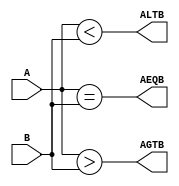
//-----------------------------------
//Dataflow description of a 4-bit comparator.
module mag_comp (A,B,ALTB,AGTB,AEQB);
input [3:0] A,B;
output ALTB,AGTB,AEQB;
assign ALTB = (A < B),
AGTB = (A > B),
AEQB = (A == B);
endmodule